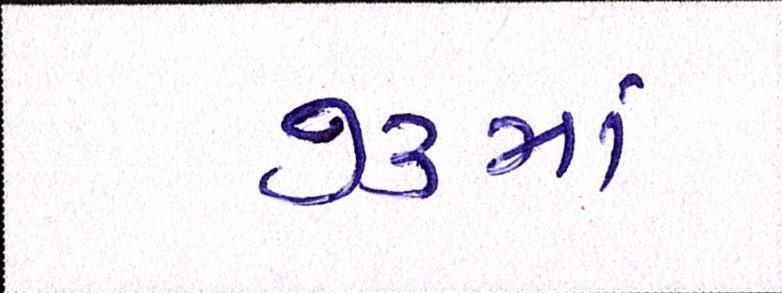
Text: ૭૩માં